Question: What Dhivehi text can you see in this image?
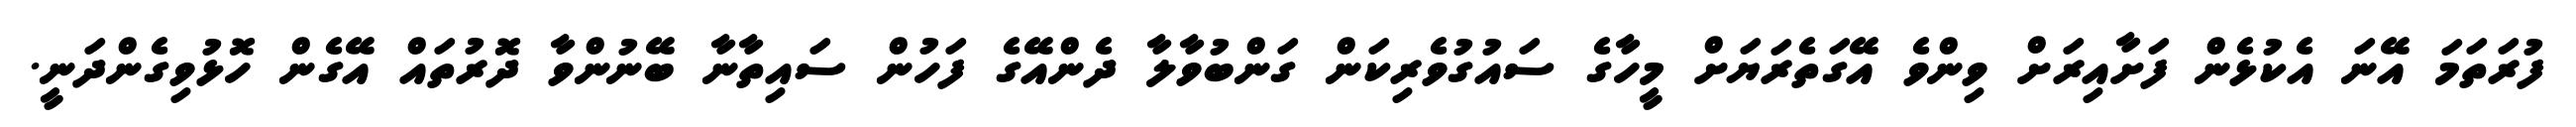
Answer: ފުރަތަމަ އޭނަ އެކުޅެން ފަށާއިރަށް ވިންވެ އޭގަތެރަޔަށް މީހާގެ ސައުގުވެރިކަން ގަންބުވާލާ ދެންއޭގެ ފަހުން ސައިތާނާ ބޭނުންވާ ދޮރުތައް އޭގެން ހޮޅުވިގެންދަނީ.